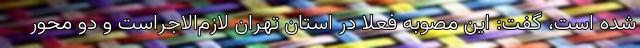
شده است، گفت: این مصوبه فعلاً در استان تهران لازم‌الاجراست و دو محور